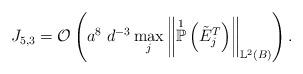
LaTeX: \begin{align*}J_{5,3} = \mathcal{O}\left( a^{8} \; d^{-3} \max_{j} \left\Vert \overset{1}{\mathbb{P}}\left( \tilde{E}^{T}_j\right) \right\Vert_{\mathbb{L}^{2}(B)} \right).\end{align*}